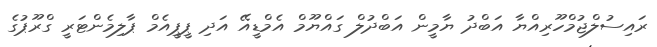
ރައިސުލްޖުމްހޫރިއްޔާ އަބްދު ޔާމީން އަބްދުލް ގައްޔޫމް އެމްޑީއޭ އަދި ޕީޕީއެމް ޕާލިމެންޓަރީ ގްރޫޕުގެ